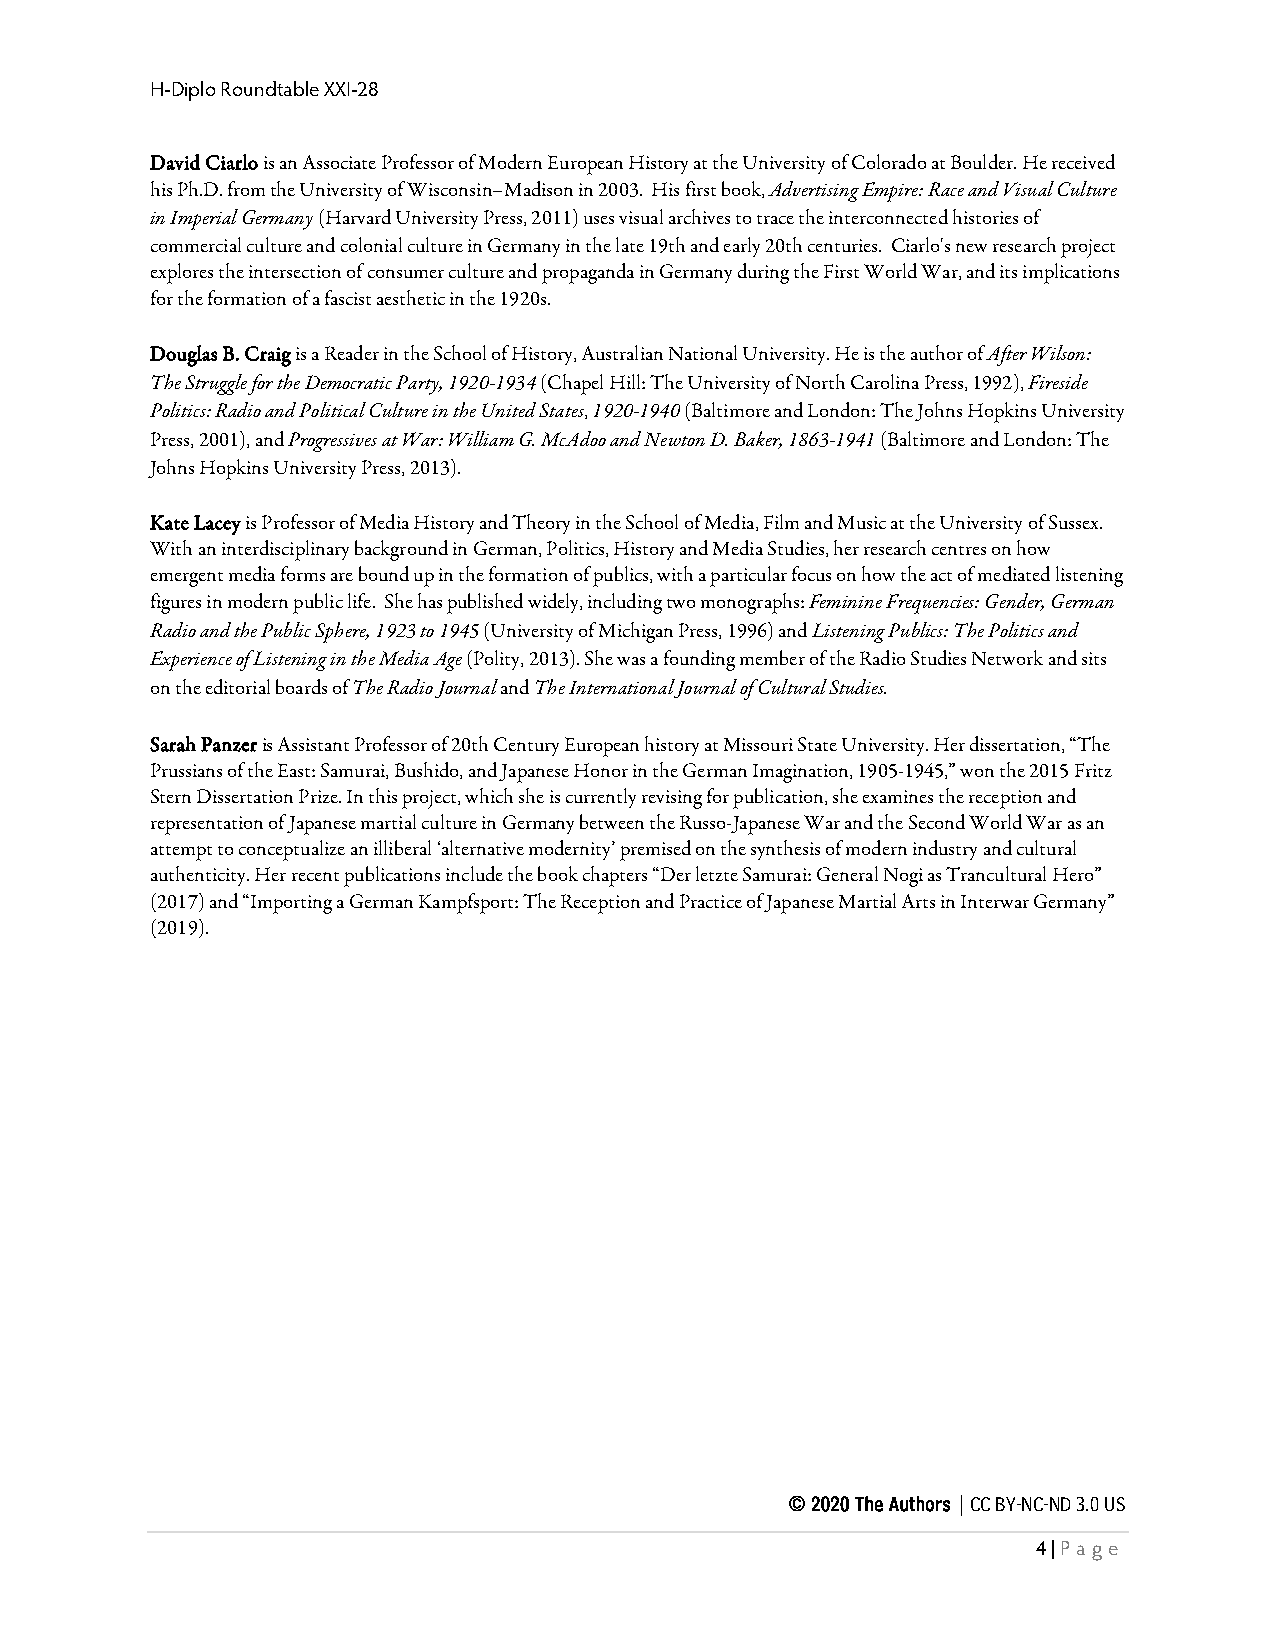
H-Diplo Roundtable XXI-28
 David Ciarlo is an Associate Professor of Modern European History at the University of Colorado at Boulder. He received
 his Ph.D. from the University of Wisconsin–Madison in 2003. His first book, Advertising Empire: Race and Visual Culture
 in Imperial Germany (Harvard University Press, 2011) uses visual archives to trace the interconnected histories of
 commercial culture and colonial culture in Germany in the late 19th and early 20th centuries. Ciarlo's new research project
 explores the intersection of consumer culture and propaganda in Germany during the First World War, and its implications
 for the formation of a fascist aesthetic in the 1920s.
 Douglas B. Craig is a Reader in the School of History, Australian National University. He is the author of After Wilson:
 The Struggle for the Democratic Party, 1920-1934 (Chapel Hill: The University of North Carolina Press, 1992), Fireside
 Politics: Radio and Political Culture in the United States, 1920-1940 (Baltimore and London: The Johns Hopkins University
 Press, 2001), and Progressives at War: William G. McAdoo and Newton D. Baker, 1863-1941 (Baltimore and London: The
 Johns Hopkins University Press, 2013).
 Kate Lacey is Professor of Media History and Theory in the School of Media, Film and Music at the University of Sussex.
 With an interdisciplinary background in German, Politics, History and Media Studies, her research centres on how
 emergent media forms are bound up in the formation of publics, with a particular focus on how the act of mediated listening
 figures in modern public life. She has published widely, including two monographs: Feminine Frequencies: Gender, German
 Radio and the Public Sphere, 1923 to 1945 (University of Michigan Press, 1996) and Listening Publics: The Politics and
 Experience of Listening in the Media Age (Polity, 2013). She was a founding member of the Radio Studies Network and sits
 on the editorial boards of The Radio Journal and The International Journal of Cultural Studies.
 Sarah Panzer is Assistant Professor of 20th Century European history at Missouri State University. Her dissertation, “The
 Prussians of the East: Samurai, Bushido, and Japanese Honor in the German Imagination, 1905-1945,” won the 2015 Fritz
 Stern Dissertation Prize. In this project, which she is currently revising for publication, she examines the reception and
 representation of Japanese martial culture in Germany between the Russo-Japanese War and the Second World War as an
 attempt to conceptualize an illiberal ‘alternative modernity’ premised on the synthesis of modern industry and cultural
 authenticity. Her recent publications include the book chapters “Der letzte Samurai: General Nogi as Trancultural Hero”
 (2017) and “Importing a German Kampfsport: The Reception and Practice of Japanese Martial Arts in Interwar Germany”
 (2019).
 © 2020 The Authors | CC BY-NC-ND 3.0 US
 4 | Pa ge